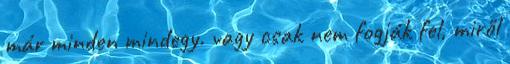
már minden mindegy. vagy csak nem fogják fel, miről